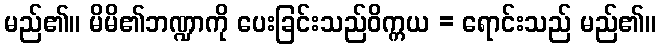
မည်၏။ မိမိ၏ဘဏ္ဍာကို ပေးခြင်းသည်ဝိက္ကယ = ရောင်းသည် မည်၏။